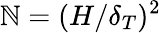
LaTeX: \mathbb{N}=(H/\delta_{T})^{2}